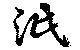
泯